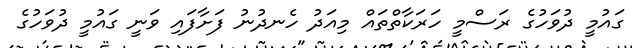
ގައުމީ ދުވަހުގެ ރަސްމީ ހަރަކާތްތައް މިއަދު ހެނދުނު ފަށާފައި ވަނީ ގައުމީ ދުވަހުގެ